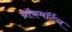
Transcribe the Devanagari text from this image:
थ्रॉकमॉर्टन